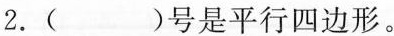
2.( )号是平行四边形。